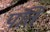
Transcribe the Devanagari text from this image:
पंति